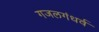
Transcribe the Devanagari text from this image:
गजलगंधर्व